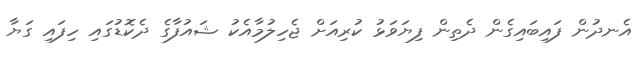
އެނދުން ފައިބައިގެން ދެތިން ފިޔަވަޅު ކުރިއަށް ޖެހިލުމާއެކު ޝައުފާގެ ދެކޮޑުގައި ހިފައި ގަޔާ